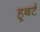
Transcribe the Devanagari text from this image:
हूबर्ट